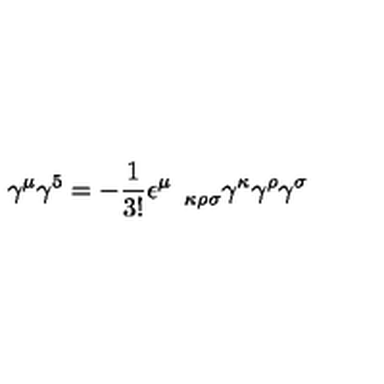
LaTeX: \gamma ^ { \mu } \gamma ^ { 5 } = - \frac { 1 } { 3 ! } \epsilon _ { \quad \kappa \rho \sigma } ^ { \mu } \gamma ^ { \kappa } \gamma ^ { \rho } \gamma ^ { \sigma }